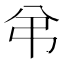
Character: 弚